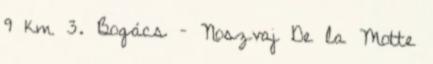
9 km 3. Bogács – Noszvaj De la Motte